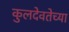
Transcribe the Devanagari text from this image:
कुलदेवतेच्या